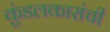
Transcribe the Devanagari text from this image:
कुंडलकारांची